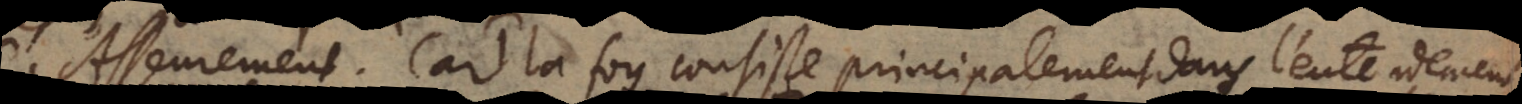
Asseurement. Car 1) la foy consiste principalement dans l’entendement,